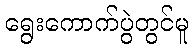
ရွေးကောက်ပွဲတွင်မူ